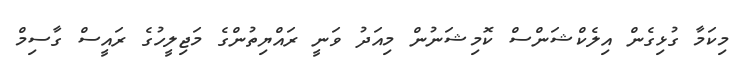
މިކަމާ ގުޅިގެން އިލެކްޝަންސް ކޮމިޝަނުން މިއަދު ވަނީ ރައްޔިތުންގެ މަޖިލީހުގެ ރައީސް ގާސިމް